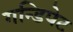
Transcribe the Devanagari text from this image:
गन्डिपेट